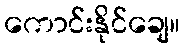
ကောင်းနိုင်ချေ။